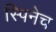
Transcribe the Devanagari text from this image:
स्पिनेच